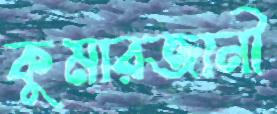
কুমারজানী